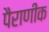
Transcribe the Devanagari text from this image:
पैराणीक